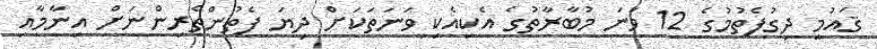
ޤައުމީ ދިގުފެތުމުގެ 12 ވަނަ މުބާރާތުގެ އެކިއެކި ވަނަތަކަށް ދިޔަ ފެތުންތެރިންނަށް އިނާމާއި